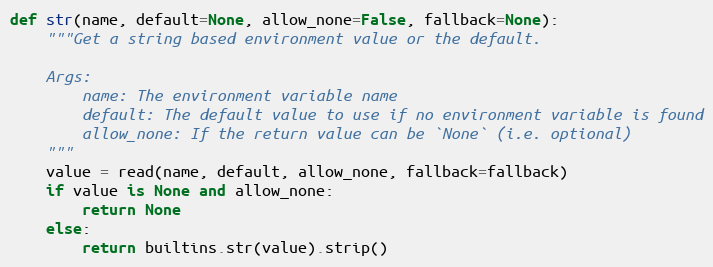
Language: Python
def str(name, default=None, allow_none=False, fallback=None):
    """Get a string based environment value or the default.

    Args:
        name: The environment variable name
        default: The default value to use if no environment variable is found
        allow_none: If the return value can be `None` (i.e. optional)
    """
    value = read(name, default, allow_none, fallback=fallback)
    if value is None and allow_none:
        return None
    else:
        return builtins.str(value).strip()